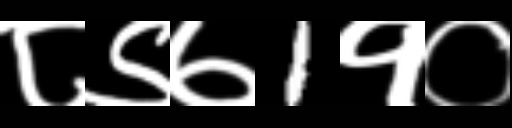
Text: ८९७1१०